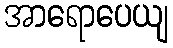
အာရောပေယျ